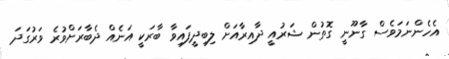
އެހެންނަމަވެސް ގާނޫނީ ގޮތުން ޝަރުއީ ދާއިރާއަށް ލިބިދީފައިވާ ބާރަކީ އަނެއް ދެބާރަށްވުރެ ވަރުގަދަ